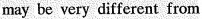
may be very different from